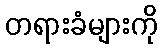
တရားခံများကို